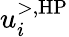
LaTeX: u_{i}^{>,\textrm{HP}}